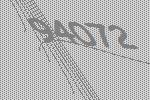
94072